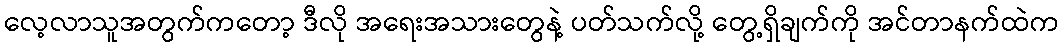
လေ့လာသူအတွက်ကတော့ ဒီလို အရေးအသားတွေနဲ့ ပတ်သက်လို့ တွေ့ရှိချက်ကို အင်တာနက်ထဲက